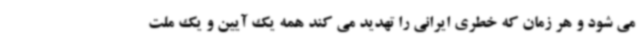
می شود و هر زمان که خطری ایرانی را تهدید می کند همه یک آیین و یک ملت